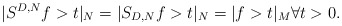
\begin{align*}|S^{D,N} f > t|_N = |S_{D,N} f > t |_N = |f > t|_M \forall t > 0.\end{align*}